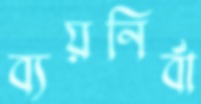
ব্যয়নির্বা